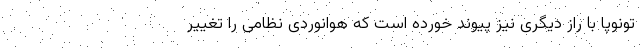
تونوپا با راز دیگری نیز پیوند خورده است که هوانوردی نظامی را تغییر